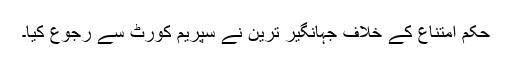
حکم امتناع کے خلاف جہانگیر ترین نے سپریم کورٹ سے رجوع کیا۔